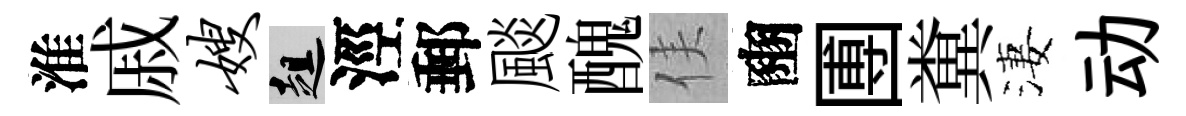
淮戚嫂趄涇郵颷醜侯豳圑糞淒动